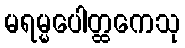
မရမ္မပေါတ္ထကေသု